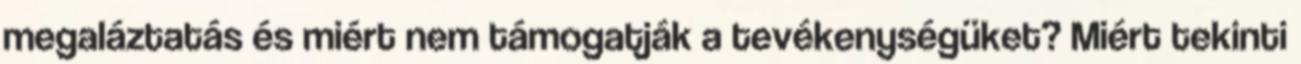
megaláztatás és miért nem támogatják a tevékenységüket? Miért tekinti